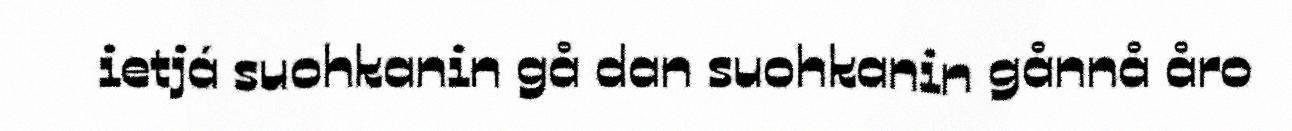
ietjá suohkanin gå dan suohkanin gånnå åro